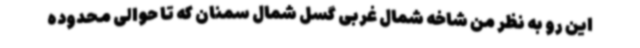
این رو به نظر من شاخه شمال غربی گسل شمال سمنان که تا حوالی محدوده